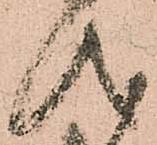
儀